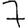
Digit: 7